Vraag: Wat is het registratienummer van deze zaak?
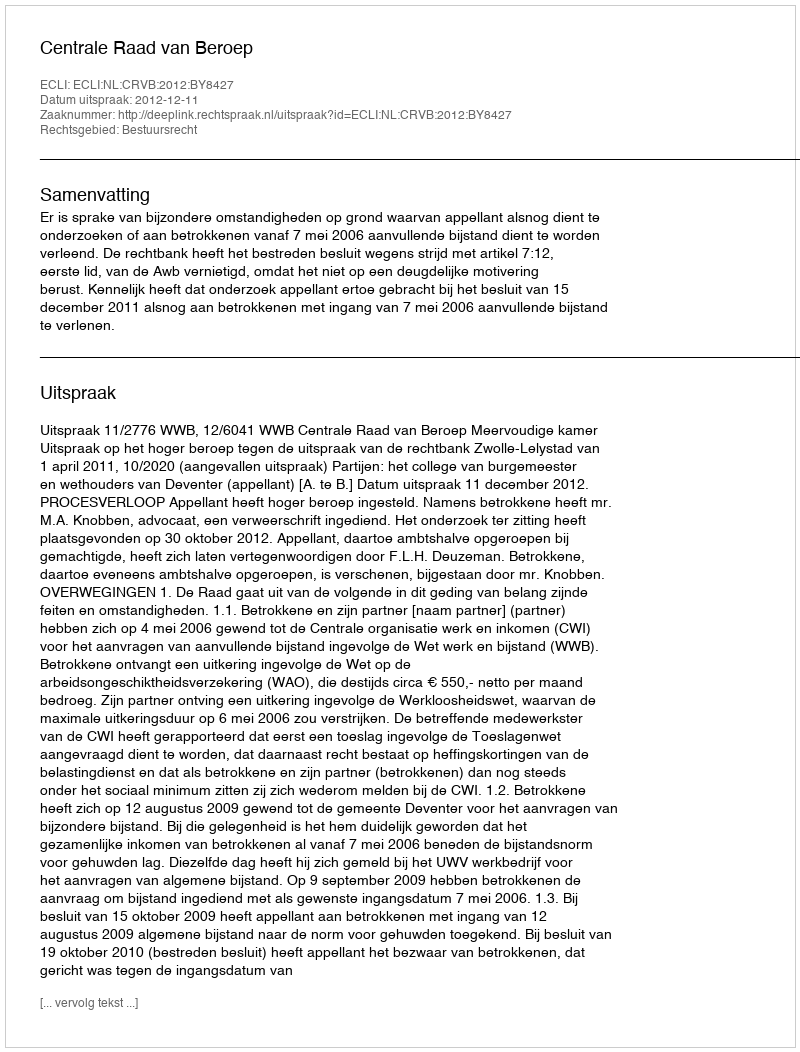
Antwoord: http://deeplink.rechtspraak.nl/uitspraak?id=ECLI:NL:CRVB:2012:BY8427